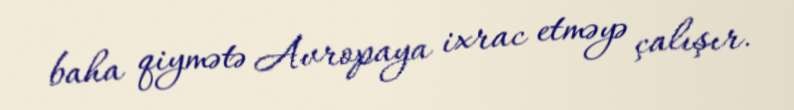
baha qiymətə Avropaya ixrac etməyə çalışır.